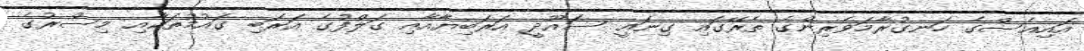
އައިއެސްގެ ހަނގުރާމަވެރިންގެ ތެރޭގައި ގިނައީ ސައޫދީ އަރަބިޔާއާއި ގަލްފުގެ އަރަބި ގައުމުތަކާއި މިސްރުގެ